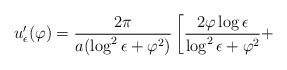
\begin{align*} u'_{\epsilon}(\varphi)=\frac{2\pi}{a(\log^2\epsilon+\varphi^2)}\left[\frac{2\varphi\log\epsilon} {\log^2\epsilon+\varphi^2}+\right. \end{align*}